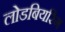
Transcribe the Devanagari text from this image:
लोडबियरिंग